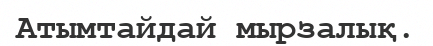
Атымтайдай мырзалық.